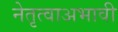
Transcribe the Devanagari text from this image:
नेतृत्वाअभावी